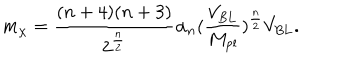
LaTeX: m _ { \chi } = \frac { ( n + 4 ) ( n + 3 ) } { 2 ^ { \frac { n } { 2 } } } \alpha _ { n } ( \frac { V _ { \mathrm { B L } } } { M _ { \mathrm { p l } } } ) ^ { \frac { n } { 2 } } V _ { \mathrm { B L } } .